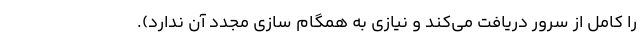
را کامل از سرور دریافت می­‌کند و نیازی به همگام سازی مجدد آن ندارد).